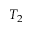
T _ { 2 }